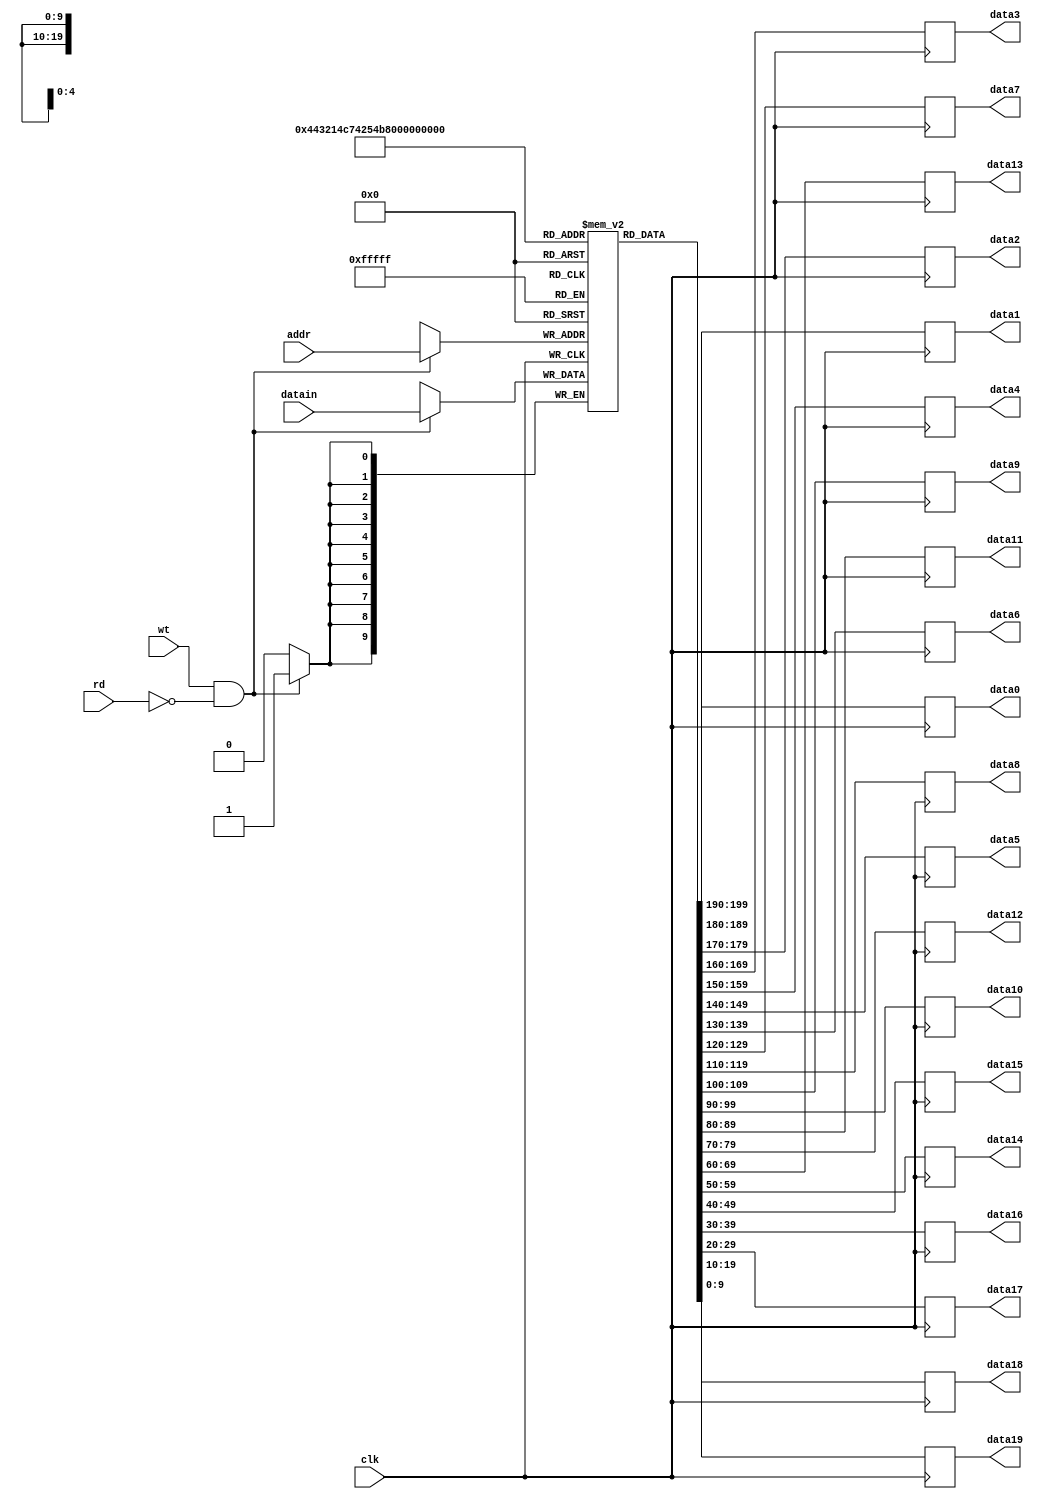
module bias_memory(datain,data0,data1,data2,data3,data4,data5,data6,data7,data8,data9,data10,data11,data12,data13,data14,data15,data16,data17,data18,data19,addr,rd,wt,clk);
input [9:0]datain;
input rd,wt,clk;
input [4:0]addr;
output reg [9:0]data0;
output reg [9:0]data1;
output reg [9:0]data2;
output reg [9:0]data3;
output reg [9:0]data4;
output reg [9:0]data5;
output reg [9:0]data6;
output reg [9:0]data7;
output reg [9:0]data8;
output reg [9:0]data9;
output reg [9:0]data10;
output reg [9:0]data11;
output reg [9:0]data12;
output reg [9:0]data13;
output reg [9:0]data14;
output reg [9:0]data15;
output reg [9:0]data16;
output reg [9:0]data17;
output reg [9:0]data18;
output reg [9:0]data19;
reg[9:0]data[19:0];
always@(posedge clk)
begin
if(wt==1&&rd==0)
begin
data[addr]<=datain;
end
else if(wt==0&&rd==1);
begin
data0<=data[0];
data1<=data[1];
data2<=data[2];
data3<=data[3];
data4<=data[4];
data5<=data[5];
data6<=data[6];
data7<=data[7];
data8<=data[8];
data9<=data[9];
data10<=data[10];
data11<=data[11];
data12<=data[12];
data13<=data[13];
data14<=data[14];
data15<=data[15];
data16<=data[16];
data17<=data[17];
data18<=data[18];
data19<=data[19];
end
end
endmodule